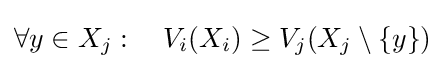
\forall y\in X_{j}:~~~V_{i}(X_{i})\geq V_{j}(X_{j}\setminus \{y\})